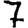
Digit: 7